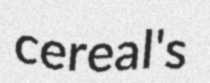
cereal's